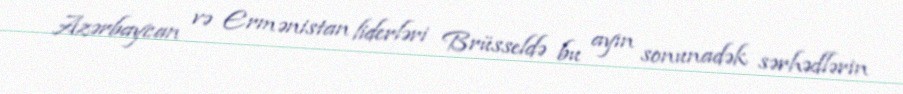
Azərbaycan və Ermənistan liderləri Brüsseldə bu ayın sonunadək sərhədlərin